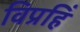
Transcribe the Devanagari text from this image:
विप्रहिं